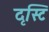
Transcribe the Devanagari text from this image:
दृस्टि